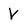
Character: V